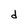
Character: d